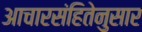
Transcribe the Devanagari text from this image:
आचारसंहितेनुसार